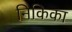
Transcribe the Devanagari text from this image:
निकिका